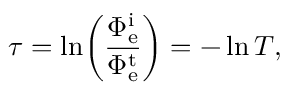
\tau = \ln \! \left( { \frac { \Phi _ { \mathrm { e } } ^ { \mathrm { i } } } { \Phi _ { \mathrm { e } } ^ { \mathrm { t } } } } \right) = - \ln T ,